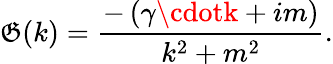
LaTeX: \mathfrak{G}(k)=\frac{{-\left(\gamma\cdotk+im\right)}}{{k^{2}+m^{2}}}.